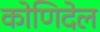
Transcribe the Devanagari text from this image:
कोणिदेल